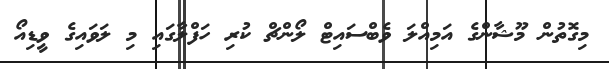
މިގޮތުން މޫޝާންގެ އަމިއްލަ ވެބްސައިޓް ލޯންޗް ކުރި ހަފްލާގައި މި ލަވައިގެ ވީޑިއޯ